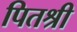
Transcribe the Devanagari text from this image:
पितश्री